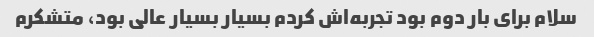
سلام برای بار دوم بود تجربه‌اش کردم بسیار بسیار عالی بود، متشکرم